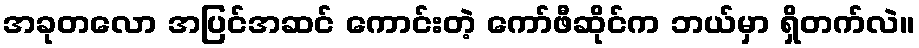
အခုတလော အပြင်အဆင် ကောင်းတဲ့ ကော်ဖီဆိုင်က ဘယ်မှာ ရှိတက်လဲ။